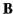
B